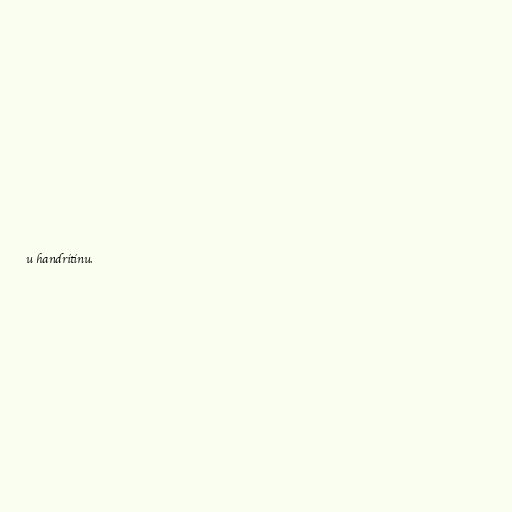
u handritinu.